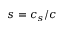
\qquad \qquad s = c _ { s } / c